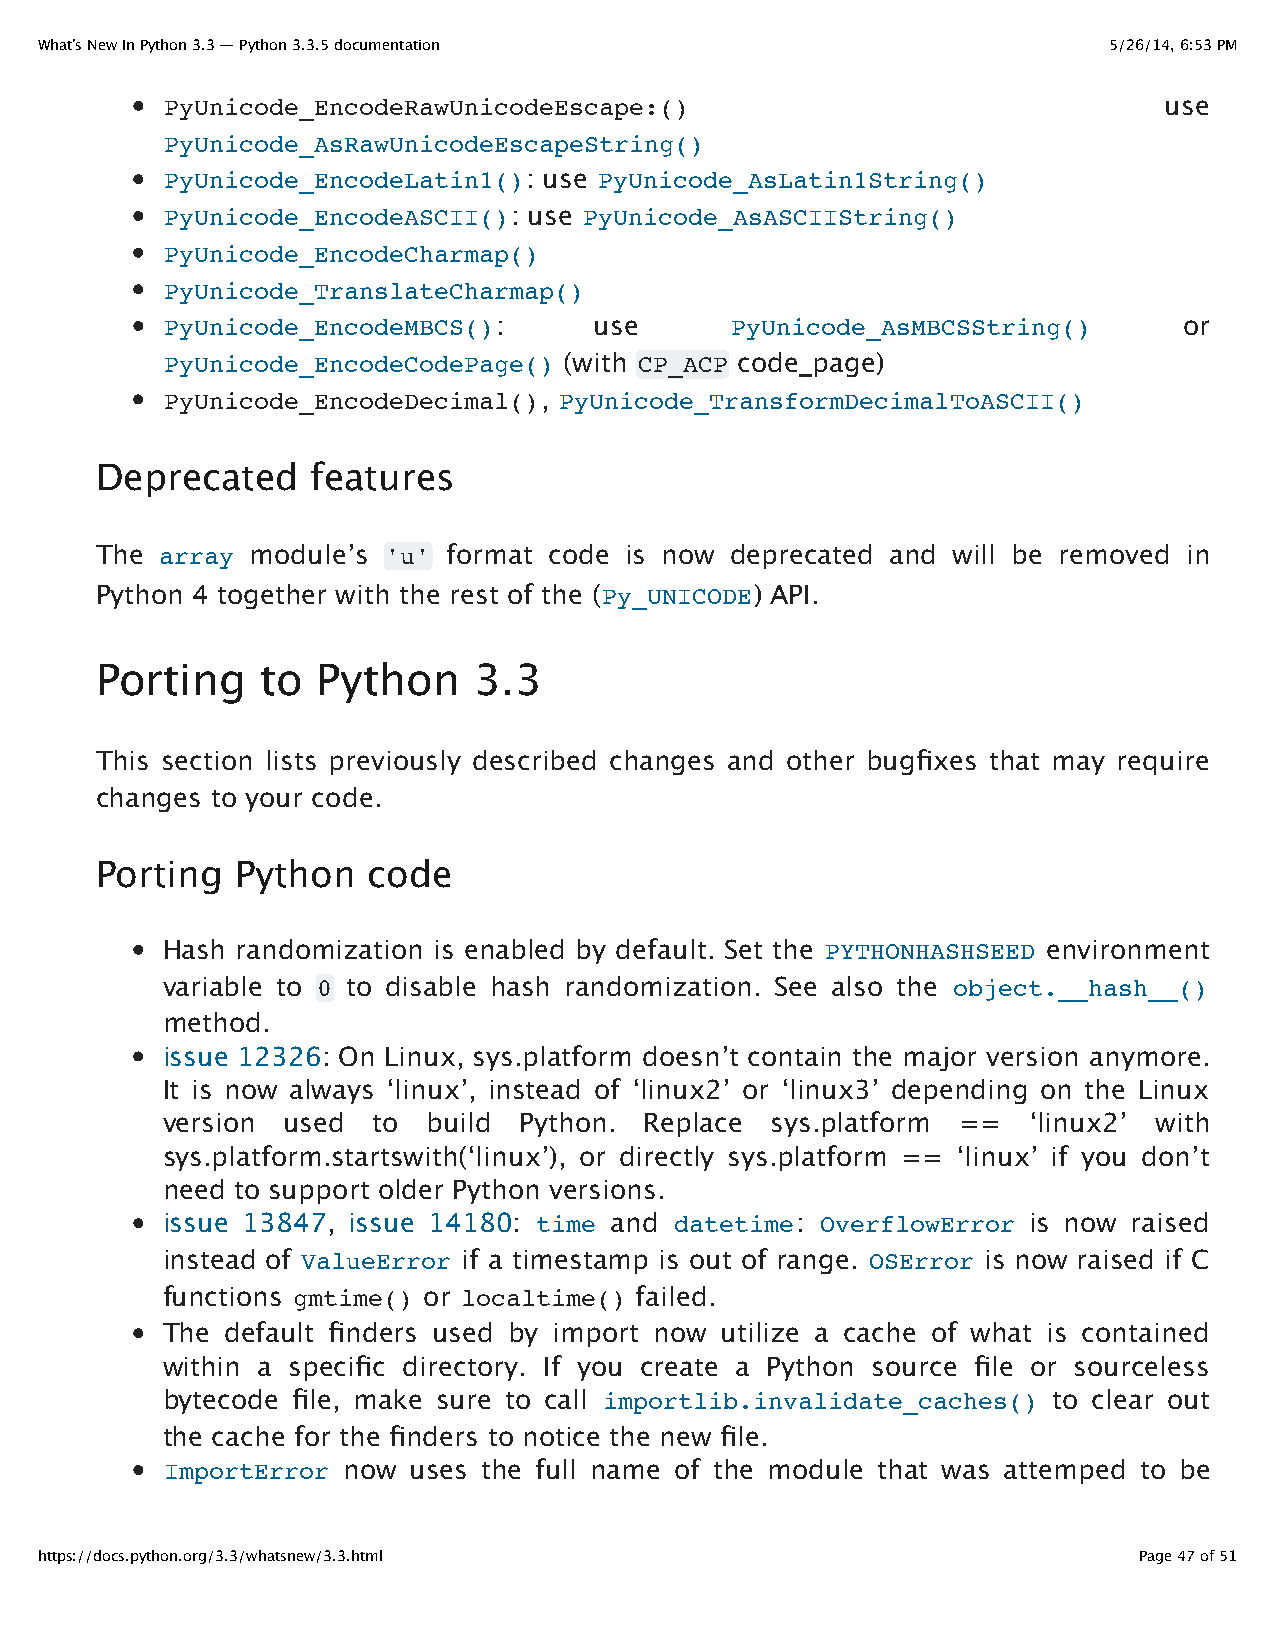
What’s New In Python 3.3 — Python 3.3.5 documentation                  5/26/14, 6:53 PM
 PyUnicode_EncodeRawUnicodeEscape:()                               use
 PyUnicode_AsRawUnicodeEscapeString()
 PyUnicode_EncodeLatin1(): use PyUnicode_AsLatin1String()
 PyUnicode_EncodeASCII(): use PyUnicode_AsASCIIString()
 PyUnicode_EncodeCharmap()
 PyUnicode_TranslateCharmap()
 PyUnicode_EncodeMBCS():     use      PyUnicode_AsMBCSString()      or
 PyUnicode_EncodeCodePage() (with CP_ACP code_page)
 PyUnicode_EncodeDecimal(), PyUnicode_TransformDecimalToASCII()
 Deprecated     features
 The  array module’s 'u' format code is now deprecated and will be removed in
 Python 4 together with the rest of the (Py_UNICODE) API.
 Porting    to  Python    3.3
 This section lists previously described changes and other bugfixes that may require
 changes to your code.
 Porting   Python  code
 Hash randomization is enabled by default. Set the PYTHONHASHSEED environment
 variable to 0 to disable hash randomization. See also the object.__hash__()
 method.
 issue 12326: On Linux, sys.platform doesn’t contain the major version anymore.
 It is now always ‘linux’, instead of ‘linux2’ or ‘linux3’ depending on the Linux
 version used  to build Python.  Replace sys.platform ==  ‘linux2’ with
 sys.platform.startswith(‘linux’), or directly sys.platform == ‘linux’ if you don’t
 need to support older Python versions.
 issue 13847, issue 14180: time and datetime: OverflowError is now raised
 instead of ValueError if a timestamp is out of range. OSError is now raised if C
 functions gmtime() or localtime() failed.
 The default finders used by import now utilize a cache of what is contained
 within a specific directory. If you create a Python source file or sourceless
 bytecode file, make sure to call importlib.invalidate_caches() to clear out
 the cache for the finders to notice the new file.
 ImportError now uses the full name of the module that was attemped to be
 https://docs.python.org/3.3/whatsnew/3.3.html                            Page 47 of 51